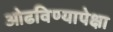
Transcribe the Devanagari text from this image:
ओढविण्यापेक्षा